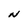
Character: N